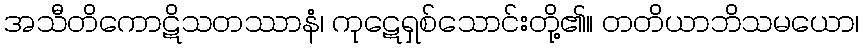
အသီတိကောဋိသတဿာနံ၊ ကုဋေရှစ်သောင်းတို့၏။ တတိယာဘိသမယော၊